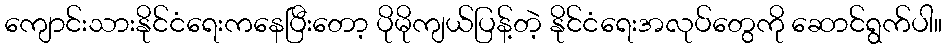
ကျောင်းသားနိုင်ငံရေးကနေပြီးတော့ ပိုမိုကျယ်ပြန့်တဲ့ နိုင်ငံရေးအလုပ်တွေကို ဆောင်ရွက်ပါ။